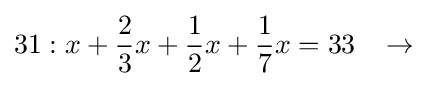
31:x+{\frac {2}{3}}x+{\frac {1}{2}}x+{\frac {1}{7}}x=33\;\;\;\rightarrow